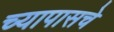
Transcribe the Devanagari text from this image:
च्यापासचे